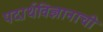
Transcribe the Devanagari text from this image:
पदार्थविज्ञानाची